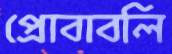
প্রোবাবলি